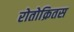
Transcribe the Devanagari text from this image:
रोतोक्रितस